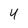
Character: 4